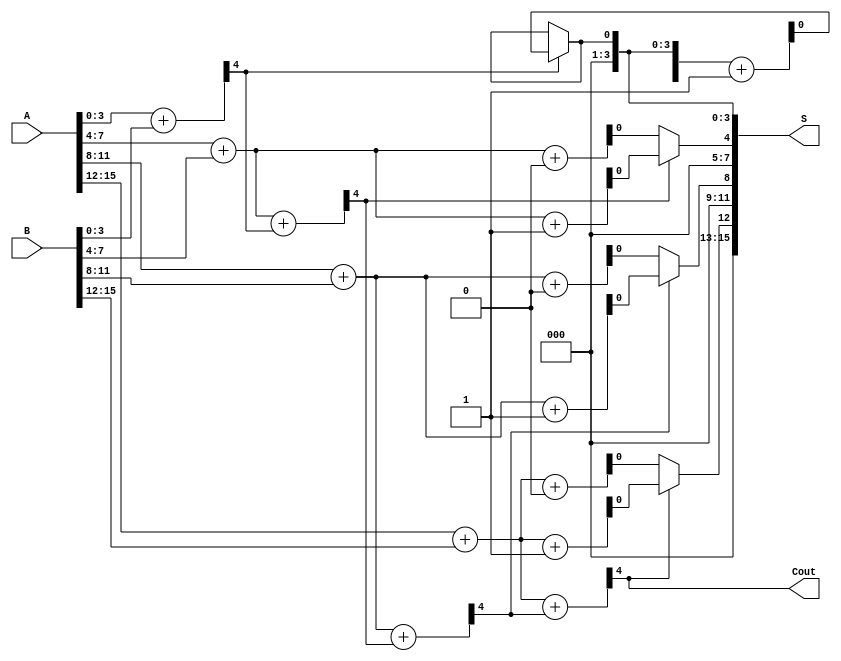
module han_carlson_adder (
    input [15:0] A,       // 16-bit input A
    input [15:0] B,       // 16-bit input B
    output [15:0] S,      // 16-bit sum output
    output Cout           // Carry out
);

    wire [3:0] C;         // Carry outputs for each group
    wire [3:0] S0, S1;    // Sum outputs for carry-in = 0 and carry-in = 1
    wire [3:0] S_group[3:0]; // Sum outputs for each group
    wire [3:0] C_group[3:0]; // Carry outputs for each group

    // Group 0 (LSB)
    assign {C[0], S_group[0]} = A[3:0] + B[3:0];
    assign {C_group[0], S0[0]} = A[3:0] + B[3:0]; // Carry-in = 0
    assign {C_group[0], S1[0]} = A[3:0] + B[3:0] + 1'b1; // Carry-in = 1

    // Group 1
    assign {C[1], S_group[1]} = A[7:4] + B[7:4] + C[0];
    assign {C_group[1], S0[1]} = A[7:4] + B[7:4] + 1'b0; // Carry-in = 0
    assign {C_group[1], S1[1]} = A[7:4] + B[7:4] + 1'b1; // Carry-in = 1

    // Group 2
    assign {C[2], S_group[2]} = A[11:8] + B[11:8] + C[1];
    assign {C_group[2], S0[2]} = A[11:8] + B[11:8] + 1'b0; // Carry-in = 0
    assign {C_group[2], S1[2]} = A[11:8] + B[11:8] + 1'b1; // Carry-in = 1

    // Group 3 (MSB)
    assign {C[3], S_group[3]} = A[15:12] + B[15:12] + C[2];
    assign {C_group[3], S0[3]} = A[15:12] + B[15:12] + 1'b0; // Carry-in = 0
    assign {C_group[3], S1[3]} = A[15:12] + B[15:12] + 1'b1; // Carry-in = 1

    // Final Sum and Carry Selection
    assign S = {S_group[3], S_group[2], S_group[1], S_group[0]};
    assign Cout = C[3];

    // Carry Select Logic
    assign S[3:0] = (C[0] == 1'b0) ? S0[0] : S1[0];
    assign S[7:4] = (C[1] == 1'b0) ? S0[1] : S1[1];
    assign S[11:8] = (C[2] == 1'b0) ? S0[2] : S1[2];
    assign S[15:12] = (C[3] == 1'b0) ? S0[3] : S1[3];

endmodule